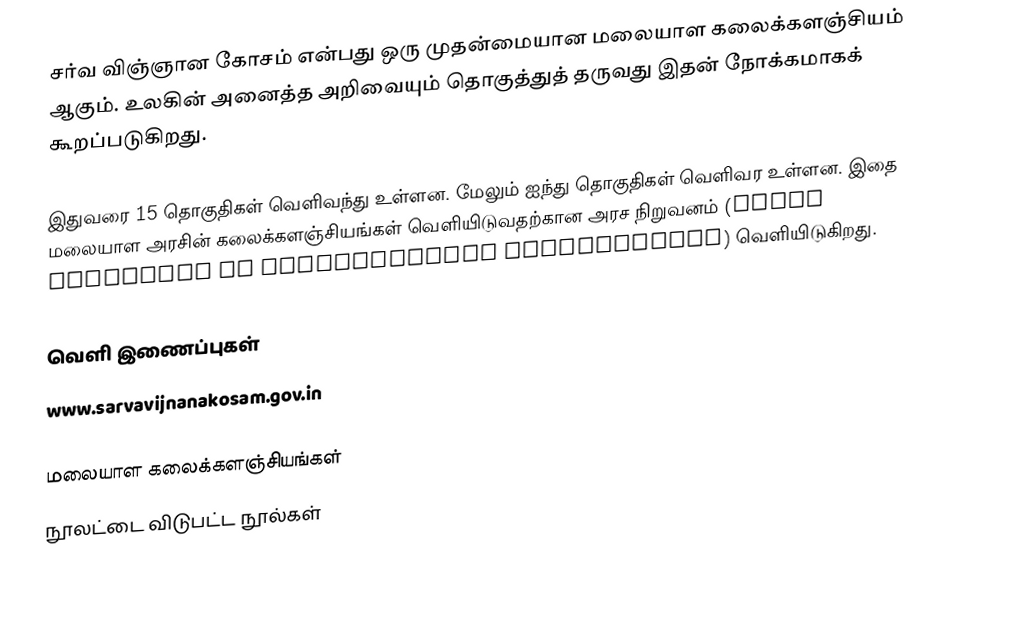
சர்வ விஞ்ஞான கோசம் என்பது ஒரு முதன்மையான மலையாள கலைக்களஞ்சியம் ஆகும்.  உலகின் அனைத்த அறிவையும் தொகுத்துத் தருவது இதன் நோக்கமாகக் கூறப்படுகிறது.

இதுவரை 15 தொகுதிகள் வெளிவந்து உள்ளன.  மேலும் ஐந்து தொகுதிகள் வெளிவர உள்ளன.  இதை மலையாள அரசின் கலைக்களஞ்சியங்கள் வெளியிடுவதற்கான அரச நிறுவனம் (State Institute of Encyclopaedic Publications) வெளியிடுகிறது.

வெளி இணைப்புகள்
 www.sarvavijnanakosam.gov.in

மலையாள கலைக்களஞ்சியங்கள்
நூலட்டை விடுபட்ட நூல்கள்